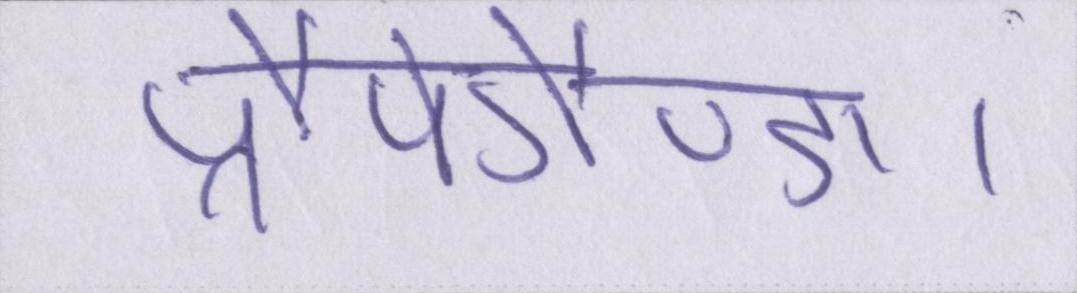
प्रौपेगैण्डा।